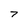
Character: 7